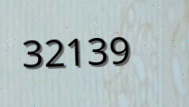
32139